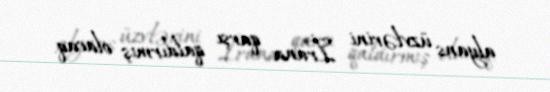
alyans üzvlərini İrana qarşı qaldırmış olacaq.